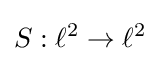
S:\ell ^{2}\to \ell ^{2}